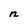
Character: n